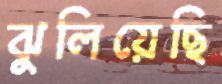
ঝুলিয়েছি